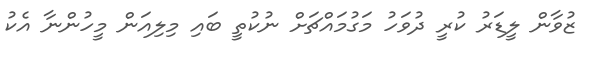
ޒުވާން ލީޑަރު ކުރީ ދުވަހު މަގުމައްޗަށް ނުކުތީ ބައި މިލިއަން މީހުންނާ އެކު